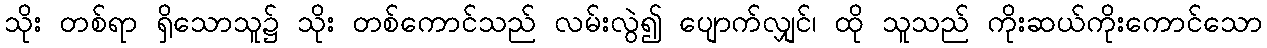
သိုး တစ်ရာ ရှိသောသူ၌ သိုး တစ်ကောင်သည် လမ်းလွဲ၍ ပျောက်လျှင်၊ ထို သူသည် ကိုးဆယ်ကိုးကောင်သော